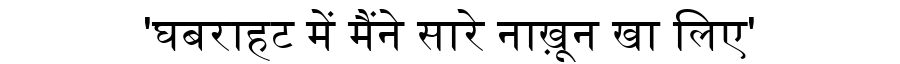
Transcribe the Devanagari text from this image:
'घबराहट में मैंने सारे नाख़ून खा लिए'